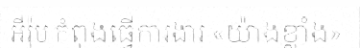
អឺរ៉ុប កំពុងធ្វើការងារ «យ៉ាងខ្លាំង»